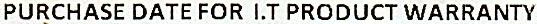
PURCHASE DATE FOR I.T PRODUCT WARRANTY